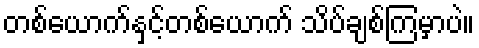
တစ်ယောက်နှင့်တစ်ယောက် သိပ်ချစ်ကြမှာပဲ။